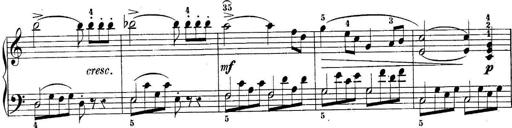
Title: 10 Sonatines progressives
Composer: Anton Schmoll